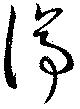
停